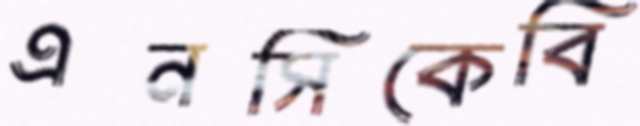
এনসিকেবি